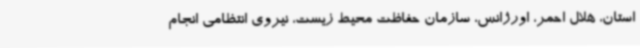
استان، هلال احمر، اورژانس، سازمان حفاظت محیط زیست، نیروی انتظامی انجام